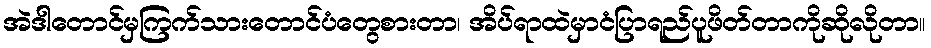
အဲဒါတောင်မှကြက်သားတောင်ပံတွေစားတာ၊ အိပ်ရာထဲမှာငံပြာရည်ပူဖိတ်တာကိုဆိုလိုတာ။